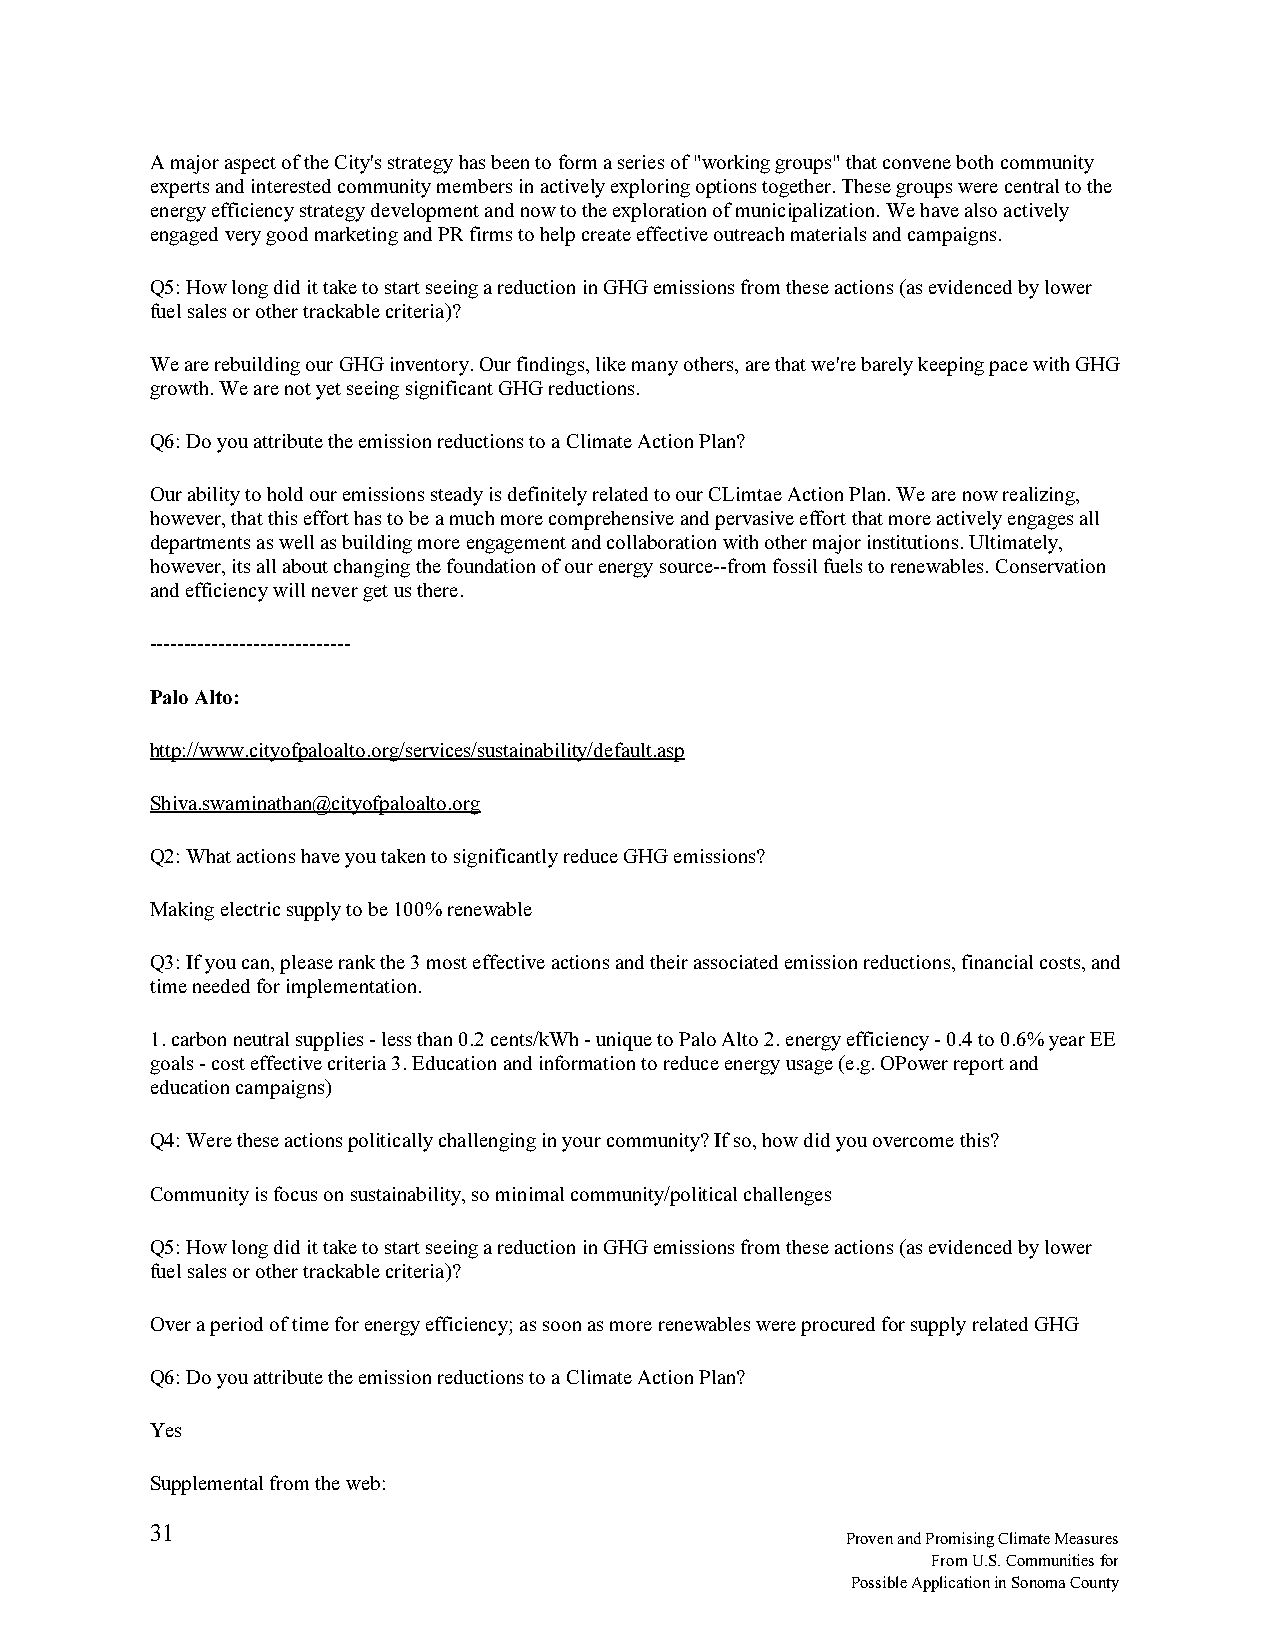
A major aspect of the City's strategy has been to form a series of "working groups" that convene both community
 experts and interested community members in actively exploring options together. These groups were central to the
 energy efficiency strategy development and now to the exploration of municipalization. We have also actively
 engaged very good marketing and PR firms to help create effective outreach materials and campaigns.
 Q5: How long did it take to start seeing a reduction in GHG emissions from these actions (as evidenced by lower
 fuel sales or other trackable criteria)?
 We are rebuilding our GHG inventory. Our findings, like many others, are that we're barely keeping pace with GHG
 growth. We are not yet seeing significant GHG reductions.
 Q6: Do you attribute the emission reductions to a Climate Action Plan?
 Our ability to hold our emissions steady is definitely related to our CLimtae Action Plan. We are now realizing,
 however, that this effort has to be a much more comprehensive and pervasive effort that more actively engages all
 departments as well as building more engagement and collaboration with other major institutions. Ultimately,
 however, its all about changing the foundation of our energy source--from fossil fuels to renewables. Conservation
 and efficiency will never get us there.
 -----------------------------
 Palo Alto:
 http://www.cityofpaloalto.org/services/sustainability/default.asp
 Shiva.swaminathan@cityofpaloalto.org
 Q2: What actions have you taken to significantly reduce GHG emissions?
 Making electric supply to be 100% renewable
 Q3: If you can, please rank the 3 most effective actions and their associated emission reductions, financial costs, and
 time needed for implementation.
 1. carbon neutral supplies - less than 0.2 cents/kWh - unique to Palo Alto 2. energy efficiency - 0.4 to 0.6% year EE
 goals - cost effective criteria 3. Education and information to reduce energy usage (e.g. OPower report and
 education campaigns)
 Q4: Were these actions politically challenging in your community? If so, how did you overcome this?
 Community is focus on sustainability, so minimal community/political challenges
 Q5: How long did it take to start seeing a reduction in GHG emissions from these actions (as evidenced by lower
 fuel sales or other trackable criteria)?
 Over a period of time for energy efficiency; as soon as more renewables were procured for supply related GHG
 Q6: Do you attribute the emission reductions to a Climate Action Plan?
 Yes
 Supplemental from the web:
 31
 Proven and Promising Climate Measures
 From U.S. Communities for
 Possible Application in Sonoma County